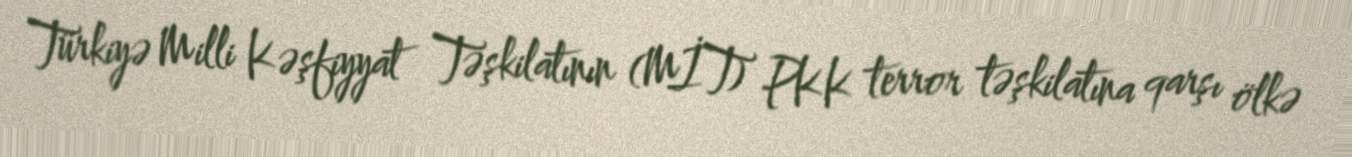
Türkiyə Milli Kəşfiyyat Təşkilatının (MİT) PKK terror təşkilatına qarşı ölkə